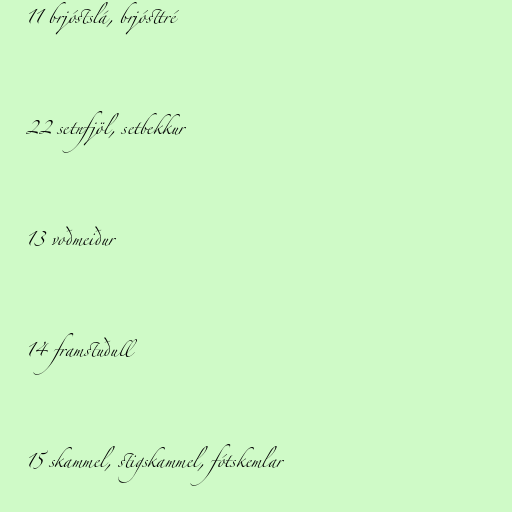
11 brjóstslá, brjósttré

22 setnfjöl, setbekkur

13 voðmeiður

14 framstuðull

15 skammel, stigskammel, fótskemlar